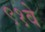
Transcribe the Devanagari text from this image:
९१वे